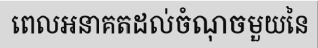
ពេលអនាគតដល់ចំណុចមួយនៃ